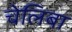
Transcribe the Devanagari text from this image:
चेलिबा